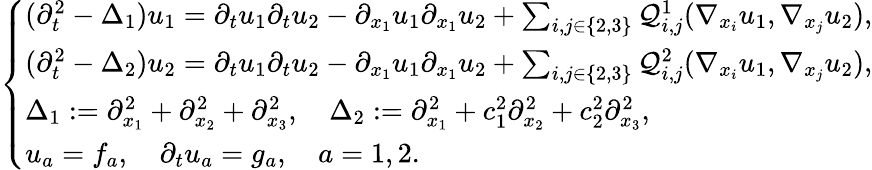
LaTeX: \left\{ \begin{array}{l}{(\partial_{t}^{2}-\Delta_{1})u_{1}=\partial_{t}u_{1}\partial_{t}u_{2}-\partial_{x_{1}}u_{1}\partial_{x_{1}}u_{2}+\sum_{i,j\in\{ 2,3\} }\mathcal{Q}_{i,j}^{1}(\nabla_{x_{i}}u_{1},\nabla_{x_{j}}u_{2}),}\\ {(\partial_{t}^{2}-\Delta_{2})u_{2}=\partial_{t}u_{1}\partial_{t}u_{2}-\partial_{x_{1}}u_{1}\partial_{x_{1}}u_{2}+\sum_{i,j\in\{ 2,3\} }\mathcal{Q}_{i,j}^{2}(\nabla_{x_{i}}u_{1},\nabla_{x_{j}}u_{2}),}\\ {\Delta_{1}:=\partial_{x_{1}}^{2}+\partial_{x_{2}}^{2}+\partial_{x_{3}}^{2},\quad\Delta_{2}:=\partial_{x_{1}}^{2}+c_{1}^{2}\partial_{x_{2}}^{2}+c_{2}^{2}\partial_{x_{3}}^{2},}\\ {u_{a}=f_{a},\quad\partial_{t}u_{a}=g_{a},\quad a=1,2.}\end{array}\right.